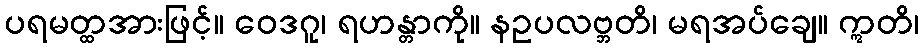
ပရမတ္ထအားဖြင့်။ ဝေဒဂူ၊ ရဟန္တာကို။ နဥပလဗ္ဘတိ၊ မရအပ်ချေ။ ဣတိ၊